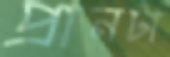
প্রানটা